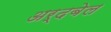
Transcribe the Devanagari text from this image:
अर्दबेल